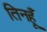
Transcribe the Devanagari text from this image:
तिनहूँ